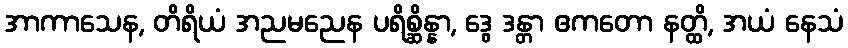
အာကာသေန, တိရိယံ အညမညေန ပရိစ္ဆိန္နာ, ဒွေ ဒန္တာ ဧကတော နတ္ထိ, အယံ နေသံ